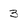
Character: 3